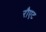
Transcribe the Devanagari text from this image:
रौएट